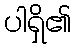
ပါရှိ၏